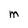
Character: m